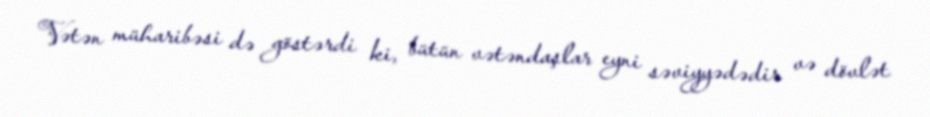
Vətən müharibəsi də göstərdi ki, bütün vətəndaşlar eyni səviyyədədir və dövlət